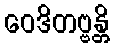
ဝေဒိတဗ္ဗန္တိ